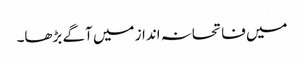
میں فاتحانہ انداز میں آگے بڑھا۔